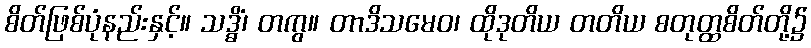
စိတ်ဖြစ်ပုံနည်းနှင့်။ သဒ္ဓိံ၊ တကွ။ တာဒိသမေဝ၊ ထိုဒုတိယ တတိယ စတုတ္ထစိတ်တို့၌